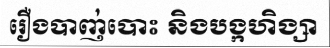
រឿងបាញ់បោះ និងបង្កហិង្សា